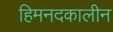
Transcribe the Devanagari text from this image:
हिमनदकालीन